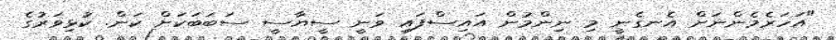
"އަހަރެމެންނަށް އެނގެނީ މި ނިންމުން އައިސްފައި ވަނީ ސީޔާސީ ސަބަބަކަށް ކަން. ކުޅިވަރުގެ